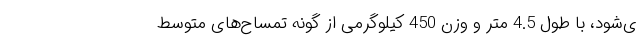
ی‌شود، با طول 4.5 متر و وزن 450 کیلوگرمی از گونه‌ تمساح‌های متوسط